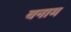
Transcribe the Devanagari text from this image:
वनाम